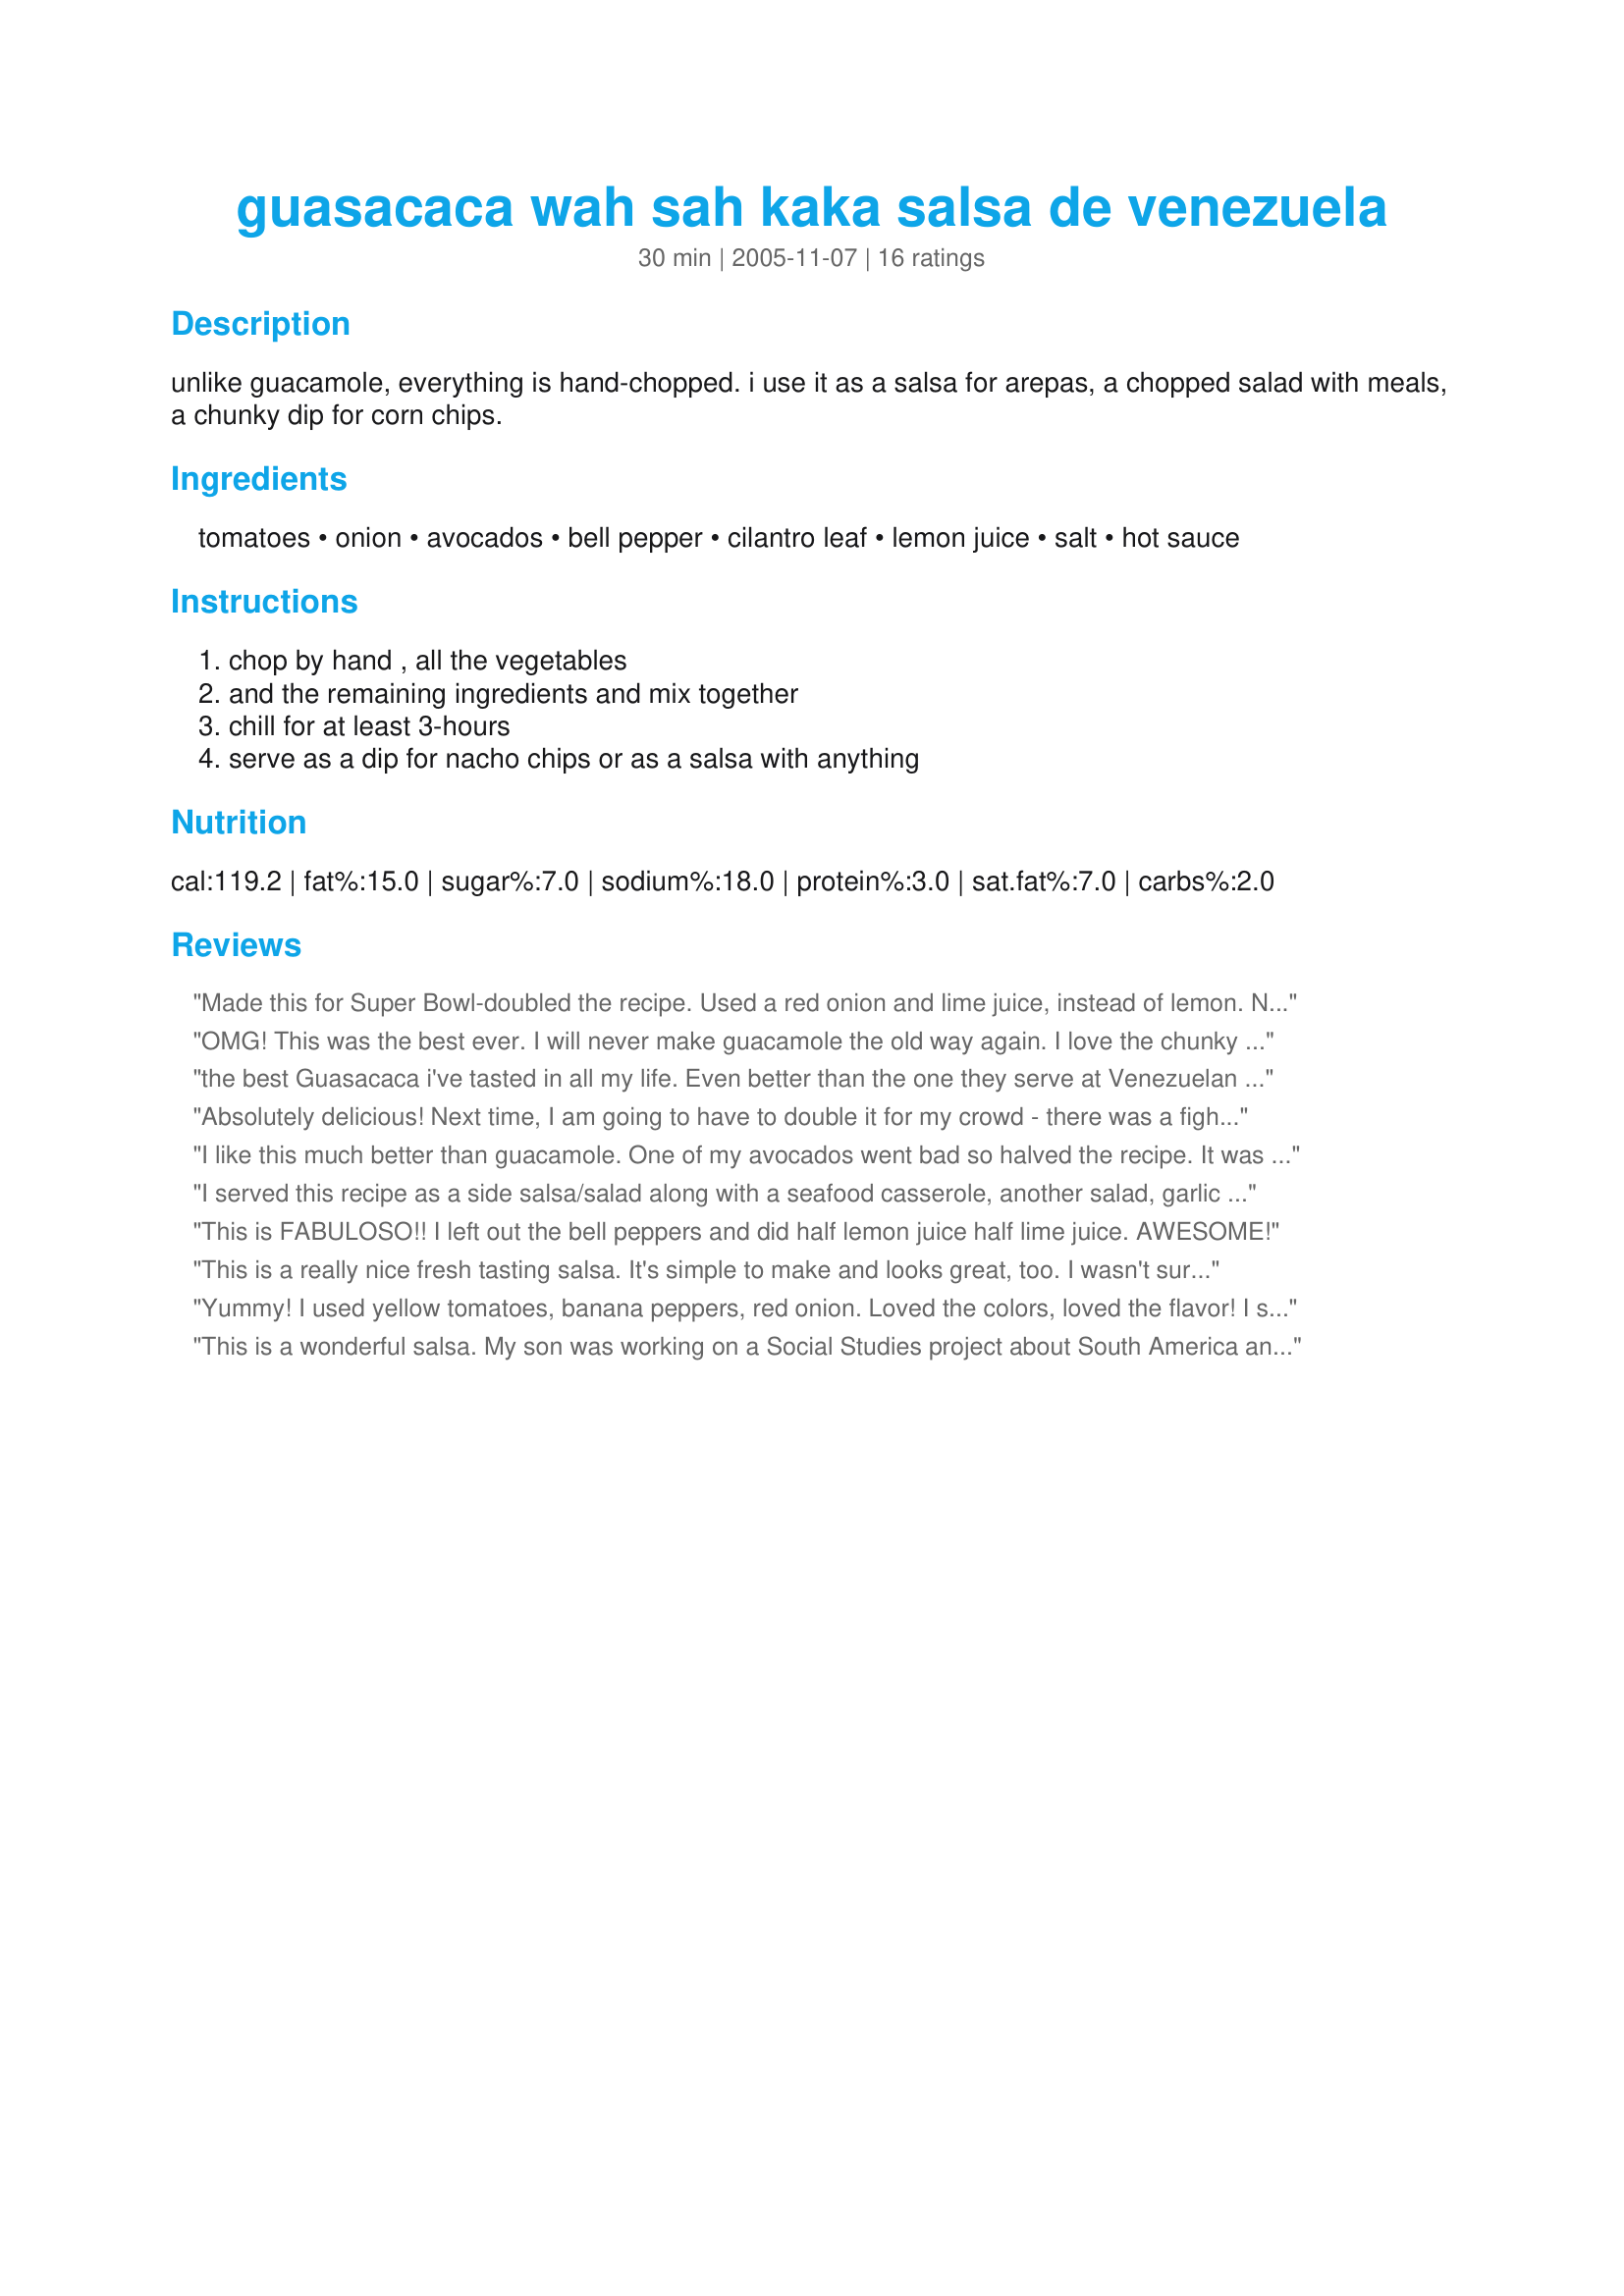
guasacaca wah sah kaka salsa de venezuela
Preparation time: 30 minutes

unlike guacamole, everything is hand-chopped. i use it as a salsa for arepas, a chopped salad with meals, a chunky dip for corn chips.

Ingredients:
tomatoes, onion, avocados, bell pepper, cilantro leaf, lemon juice, salt, hot sauce

Steps:
chop by hand , all the vegetables, and the remaining ingredients and mix together, chill for at least 3-hours, serve as a dip for nacho chips or as a salsa with anything

Reviews:
Made this for Super Bowl-doubled the recipe. Used a red onion and lime juice, instead of lemon. Not a scrap was left in the bowl. Much prettier presentation than guacamole, also.
OMG! This was the best ever. I will never make guacamole the old way again. I love the chunky texture of this one so much better. I used about 3/4 tsp. of salt and it tasted quite salty at first, but was just right after it sat for awhile, allowing the flavors to blend. I also did not add the bell peppers or the hot sauce. Perfectly simple!
the best Guasacaca i've tasted in all my life. Even better than the one they serve at Venezuelan Restaurants
Absolutely delicious! Next time, I am going to have to double it for my crowd - there was a fight over the last of it! We enjoyed it with chips & I'm eager to try it over enchiladas too. Thanks for sharing!
I like this much better than guacamole. One of my avocados went bad so halved the recipe. It was very easy to assemble, the hard part was staying out of it while it chilled. I served it along side some grilled chicken. I will be making this again for sure.
I served this recipe as a side salsa/salad along with a seafood casserole, another salad, garlic rice and roasted asparagus-every one raved about it - I love the cilantro. I used red, green, orange and yellow peppers in it. Thanks for posting this delicious recipe Kathy 228
This is FABULOSO!! I left out the bell peppers and did half lemon juice half lime juice. AWESOME!
This is a really nice fresh tasting salsa. It's simple to make and looks great, too. I wasn't sure what you meant by minced bell peppers so I just added 1/4 cup of very finely chopped red bell pepper. I used it the salsa and some grilled chicken strips to fill some flour tortillas. It made for a great and quick dinner. Thanks for sharing.
Yummy! I used yellow tomatoes, banana peppers, red onion. Loved the colors, loved the flavor! I served with tortilla chips. Thanks Kathy!
This is a wonderful salsa. My son was working on a Social Studies project about South America and made this to take into his class. It was an enormous hit with the students and teachers. We have since made it while on vacation at the beach and everyone devoured it. Super flavor and fun with tortilla scoop chips. Caution...does not fair well the next day as left overs as it can get a bit mushy in consistency probably from the juices of the tomatoes and avocados.
Oh, how I love Guasacaca! I can't beleive it, but I do prefer it to guacamole. I love the color, the texture, the flavor, everything! And it got better after sitting in the fridge. I ate this with tortilla chips this time, but I can't wait to try it on tacos, wraps, eggs, or whatever. Definitely a keeper. Thanks for sharing!
I make this one all the time and we love it! I also like to add corn kernels, black beans, and cumin. Great post, great picture!
I love this for get-togethers, and just remembered I never reviewed it! Most of the time I double the recipe, since it really goes fast. The recipe is great as written. However, I usually omit the green pepper and reduce the salt to 1/2 tsp., then add more if needed after being assembled. Some variations are using lime juice in place of lemon juice, if you have it on hand. I also sometimes dice a seeded small jalapeno pepper in place of the hot sauce, if I think the crowd wants more of a kick. Thanks for a wonderful recipe!
Yummy! Loved the texture; it's chunky with some crunch, yet there is soft creaminess from the diced avocado. I used half lemon juice and half lime juice. Easy to make, very colorful and attractive, too. I'll make this again...thanx for sharing.
Being born and raised in Caracas, Venezuela, allow me to say something:<br/>Guasacaca does not use Avocado on the recipe. Green & Red Peppers, Onions, Tomatoes, Garlic, Basil, Parsley, Oil (Corn Oil) and Vinegar. Everything finely chopped and let it simmer on the refrigerator overnight, covered. Guasacaca is typically found on all Steak house and Grill Houses and in Venezuelan Food Restaurants, it goes wonderfully with Beef, Chicken and Pork, Sausages and so on. Is typically on your table and then you get the oven baked arepitas, split them by the middle and stuff it with the Guasacaca. People also used when eating Empanadas, for breakfast and lunch, or any time of the day. The garlic taste has to be enough but not too much to overwhelm the other flavor on the pot. If you want to spicy it a little, you can add some freshly ground black pepper, or use Red Onions (Purple Onions in Venezuela o Morada as we called them down there). Check for the Arepas recipe, make them in the small version and try it.
Kathy228, this salsa was one of the best that I have ever tried! I also used a yellow bell pepper, chopped everything finely by hand, and served it with blue corn tortilla chips, which was really pretty. Everyone in my family loved it; it is a keeper. Thank you for sharing.
